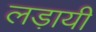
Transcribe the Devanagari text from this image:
लड़ायी